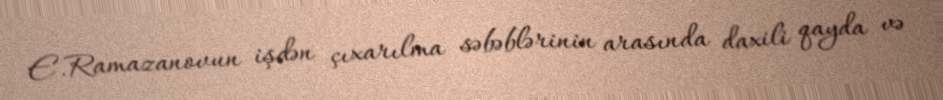
E.Ramazanovun işdən çıxarılma səbəblərinin arasında daxili qayda və